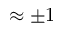
\approx \pm 1